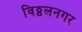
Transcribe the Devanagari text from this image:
विठ्ठलनगर